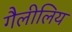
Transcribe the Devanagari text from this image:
गैलीलिय